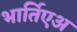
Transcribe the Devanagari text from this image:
भार्तिएअ